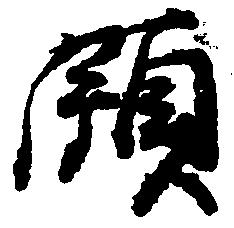
領